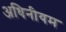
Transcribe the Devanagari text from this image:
अधिनीयम